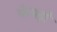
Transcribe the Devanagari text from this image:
फेफ्ड़ो